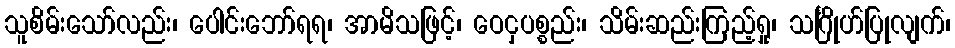
သူစိမ်းသော်လည်း၊ ပေါင်းဘော်ရရ၊ အာမိသဖြင့်၊ ဝေငှပစ္စည်း၊ သိမ်းဆည်းကြည့်ရှု၊ သင်္ဂြိုဟ်ပြုလျက်၊